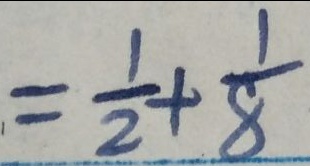
= \frac { 1 } { 2 } + \frac { 1 } { 8 }